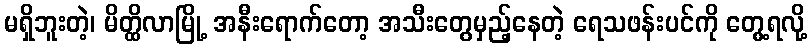
မရှိဘူးတဲ့၊ မိတ္ထိလာမြို့ အနီးရောက်တော့ အသီးတွေမှည့်နေတဲ့ ရေသဖန်းပင်ကို တွေ့ရလို့